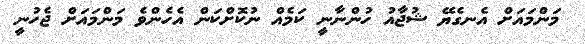
މަންމައަށް އެނގެޔޭ ޝުޖާއު ހުންނާނީ ކަމެއް ނުކޮށްކަން އެހެންވެ މަންމައަށް ޖެހުނީ